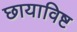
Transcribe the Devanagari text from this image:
छायाविष्ट